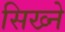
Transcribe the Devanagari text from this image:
सिख्ने